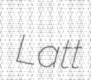
Latt